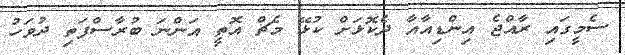
ސެމީގައި ރާއްޖެ އިންޑިއާއާ ދެކޮޅަށް ކުޅޭ މެޗް އޮތީ އަންނަ ބުރާސްފަތި ދުވަހު